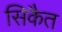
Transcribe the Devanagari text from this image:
सिकैत